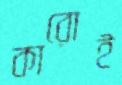
কারোই